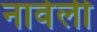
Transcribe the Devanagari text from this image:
नावेली